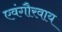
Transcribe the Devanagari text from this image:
एवंगौरवाय